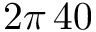
2 \pi \, 4 0